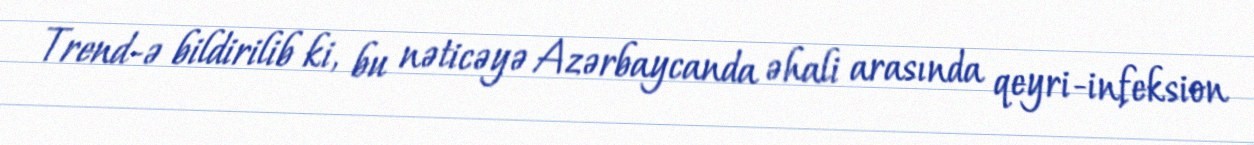
Trend-ə bildirilib ki, bu nəticəyə Azərbaycanda əhali arasında qeyri-infeksion